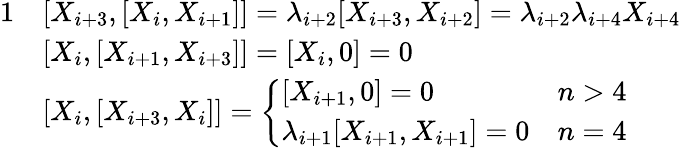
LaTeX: \begin{array}{rl}{{1}}&{[X_{i+3},[X_{i},X_{i+1}]]=\lambda_{i+2}[X_{i+3},X_{i+2}]=\lambda_{i+2}\lambda_{i+4}X_{i+4}}\\ &{[X_{i},[X_{i+1},X_{i+3}]]=[X_{i},0]=0}\\ &{[X_{i},[X_{i+3},X_{i}]]=\left\{ \begin{array}{ll}{[X_{i+1},0]=0}&{n>4}\\ {\lambda_{i+1}[X_{i+1},X_{i+1}]=0}&{n=4}\end{array}\right.}\end{array}